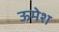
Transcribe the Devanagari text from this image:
ऊमेश